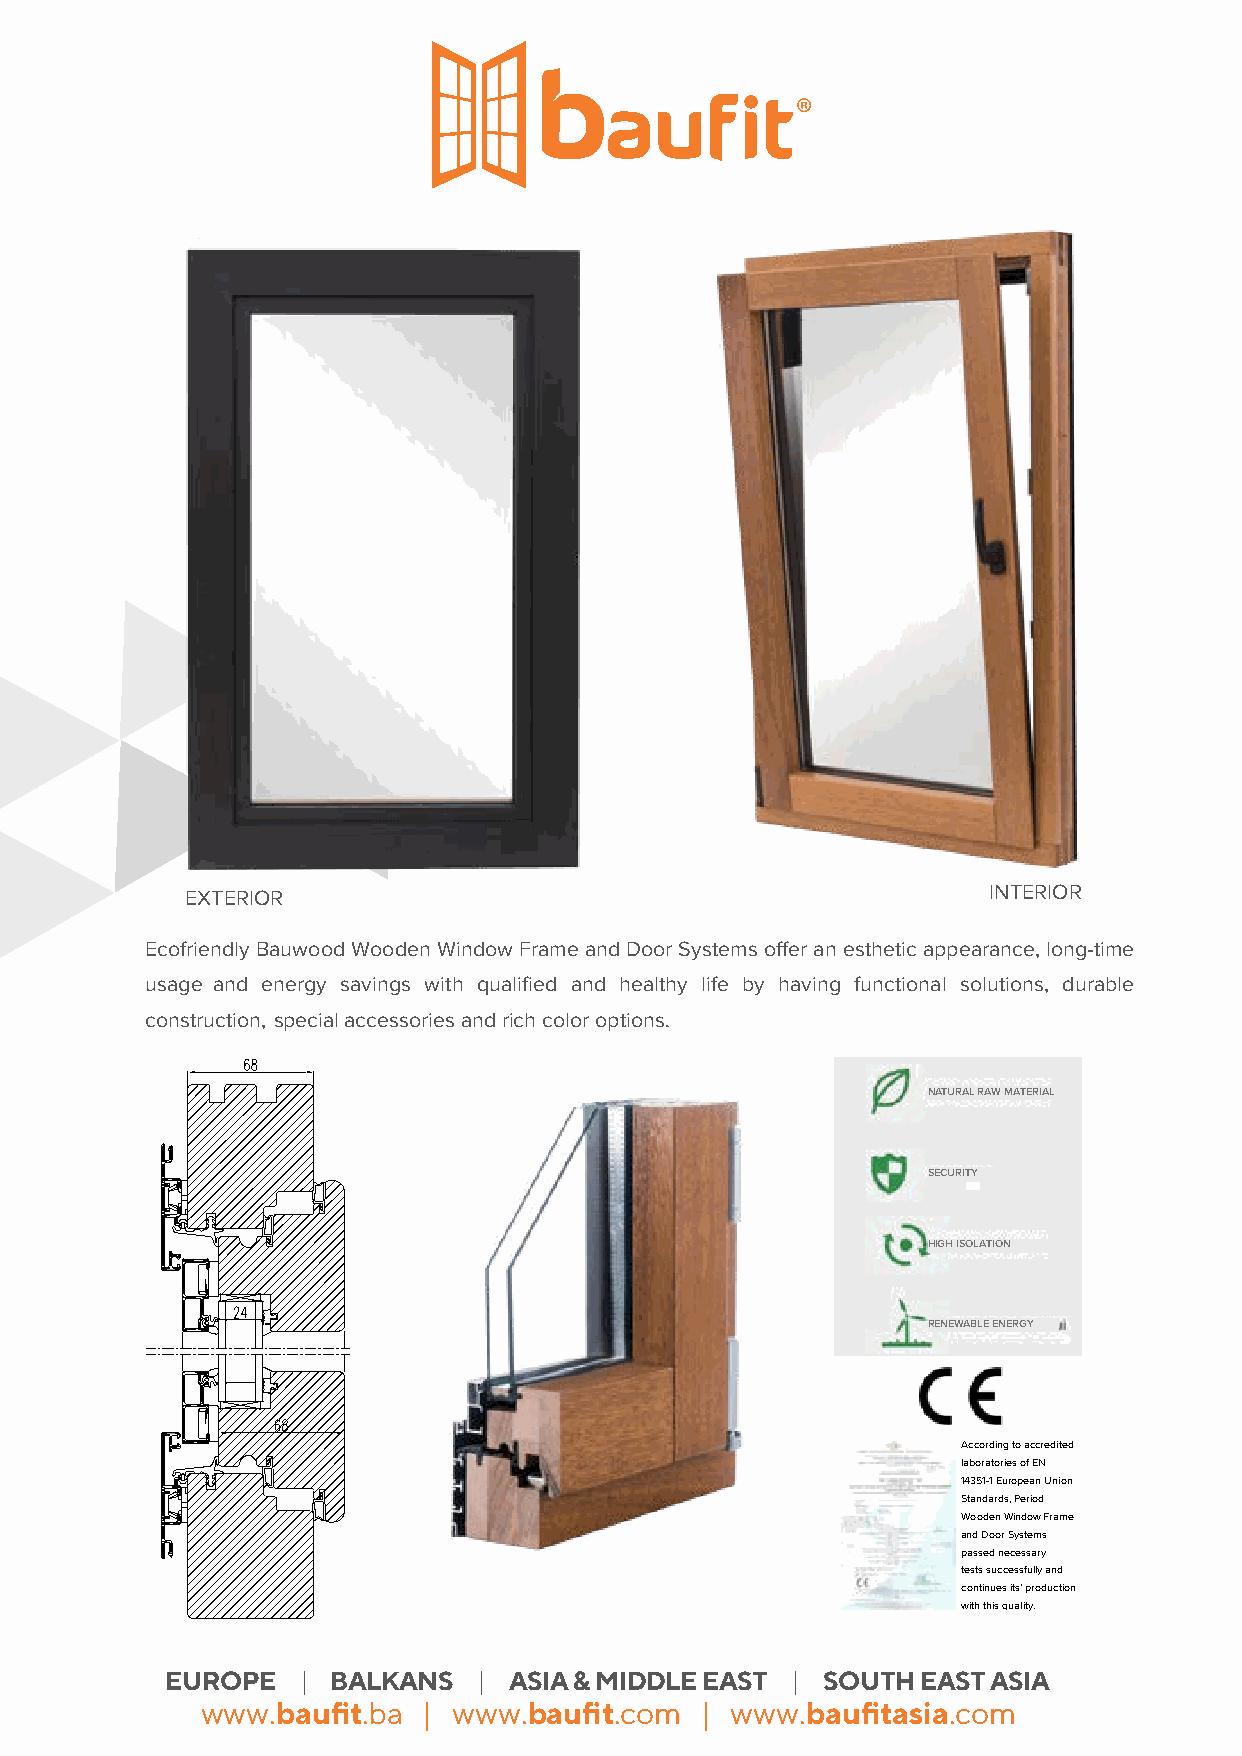
EXTERIOR                                             INTERIOR
 Ecofriendly Bauwood Wooden Window Frame and Door Systems offer an esthetic appearance, long-time
 usage and energy savings with qualified and healthy life by having functional solutions, durable
 construction, special accessories and rich color options.
 NATURAL RAW MATERIAL
 SECURITY
 HIGH ISOLATION
 RENEWABLE ENERGY
 According to accredited
 laboratories of EN
 14351-1 European Union
 Standards, Period
 Wooden Window Frame
 and Door Systems
 passed necessary
 tests successfully and
 continues its’ production
 with this quality.
 EUROPE   | BALKANS   |  ASIA & MIDDLE EAST | SOUTH EAST ASIA
 www.baufit.ba  | www.baufit.com  | www.baufitasia.com